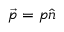
{ \vec { p } } = p { \hat { n } }